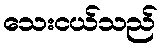
သေးငယ်သည်